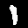
Digit: 1